Lunatic asylums in Bengal annual reports 1899-1911 - 1899-1911
Year: 1899
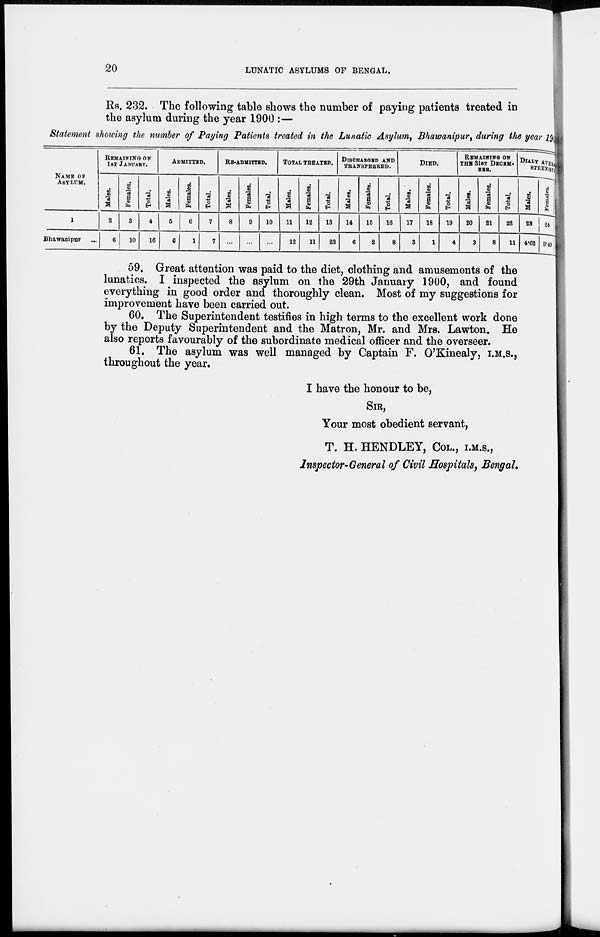
20
LUNATIC ASYLUMS OF BENGAL.
Rs. 232. The following table shows the number of paying patients treated in
the asylum during the year 1900 :—
Statement showing the number of Paying Patients treated in the Lunatic Asylum, Bhawanipur, during the year 1900
NAME OF
ASYLUM.
l
Bhawanipur
REMAINING ON
1ST JANUARY.
Males.
2
6
Females.
3
10
Total.
4
16
ADMITTED.
Males.
5
6
Females.
6
1
Total.
7
7
RE-ADMITTED.
Males.
8
...
Females.
9
...
Total.
10
...
TOTAL TREATED.
Males.
11
12
Females.
12
11
Total.
13
23
DISCHARGED AND
TRANSFERRED.
Males.
14
6
Females.
15
2
Total.
16
8
DIED.
Males.
17
3
Females.
18
1
Total.
19
4
REMAINING ON
THE 31ST DECEM-
BER.
Males.
20
3
Females.
21
8
Total.
22
11
DIALY AVERAGE
STRENGTH
Males.
23
4.62
Females.
24
9.49
59. Great attention was paid to the diet, clothing and amusements of the
lunatics. I inspected the asylum on the 29th January 1900, and found
everything in good order and thoroughly clean. Most of my suggestions for
improvement have been carried out.
60. The Superintendent testifies in high terms to the excellent work done
by the Deputy Superintendent and the Matron, Mr. and Mrs. Lawton. He
also reports favourably of the subordinate medical officer and the overseer.
61. The asylum was well managed by Captain F. O'Kinealy, I.M.S.,
throughout the year.
I have the honour to be,
SIR,
Your most obedient servant,
T. H, HENDLEY, COL., I.M.S.,
Inspector-General of Civil Hospitals, Bengal.